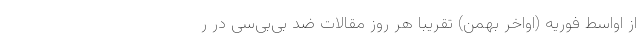
از اواسط فوریه (اواخر بهمن) تقریبا هر روز مقالات ضد بی‌بی‌سی در ر